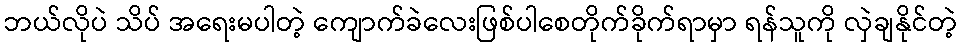
ဘယ်လိုပဲ သိပ် အရေးမပါတဲ့ ကျောက်ခဲလေးဖြစ်ပါစေတိုက်ခိုက်ရာမှာ ရန်သူကို လှဲချနိုင်တဲ့